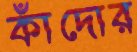
কাঁদোর